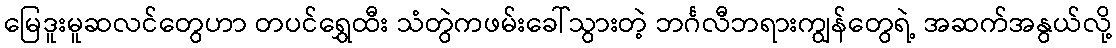
မြေဒူးမူဆလင်တွေဟာ တပင်ရွှေထီး သံတွဲကဖမ်းခေါ်သွားတဲ့ ဘင်္ဂလီဘရားကျွန်တွေရဲ့ အဆက်အနွယ်လို့